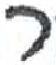
אות: ר